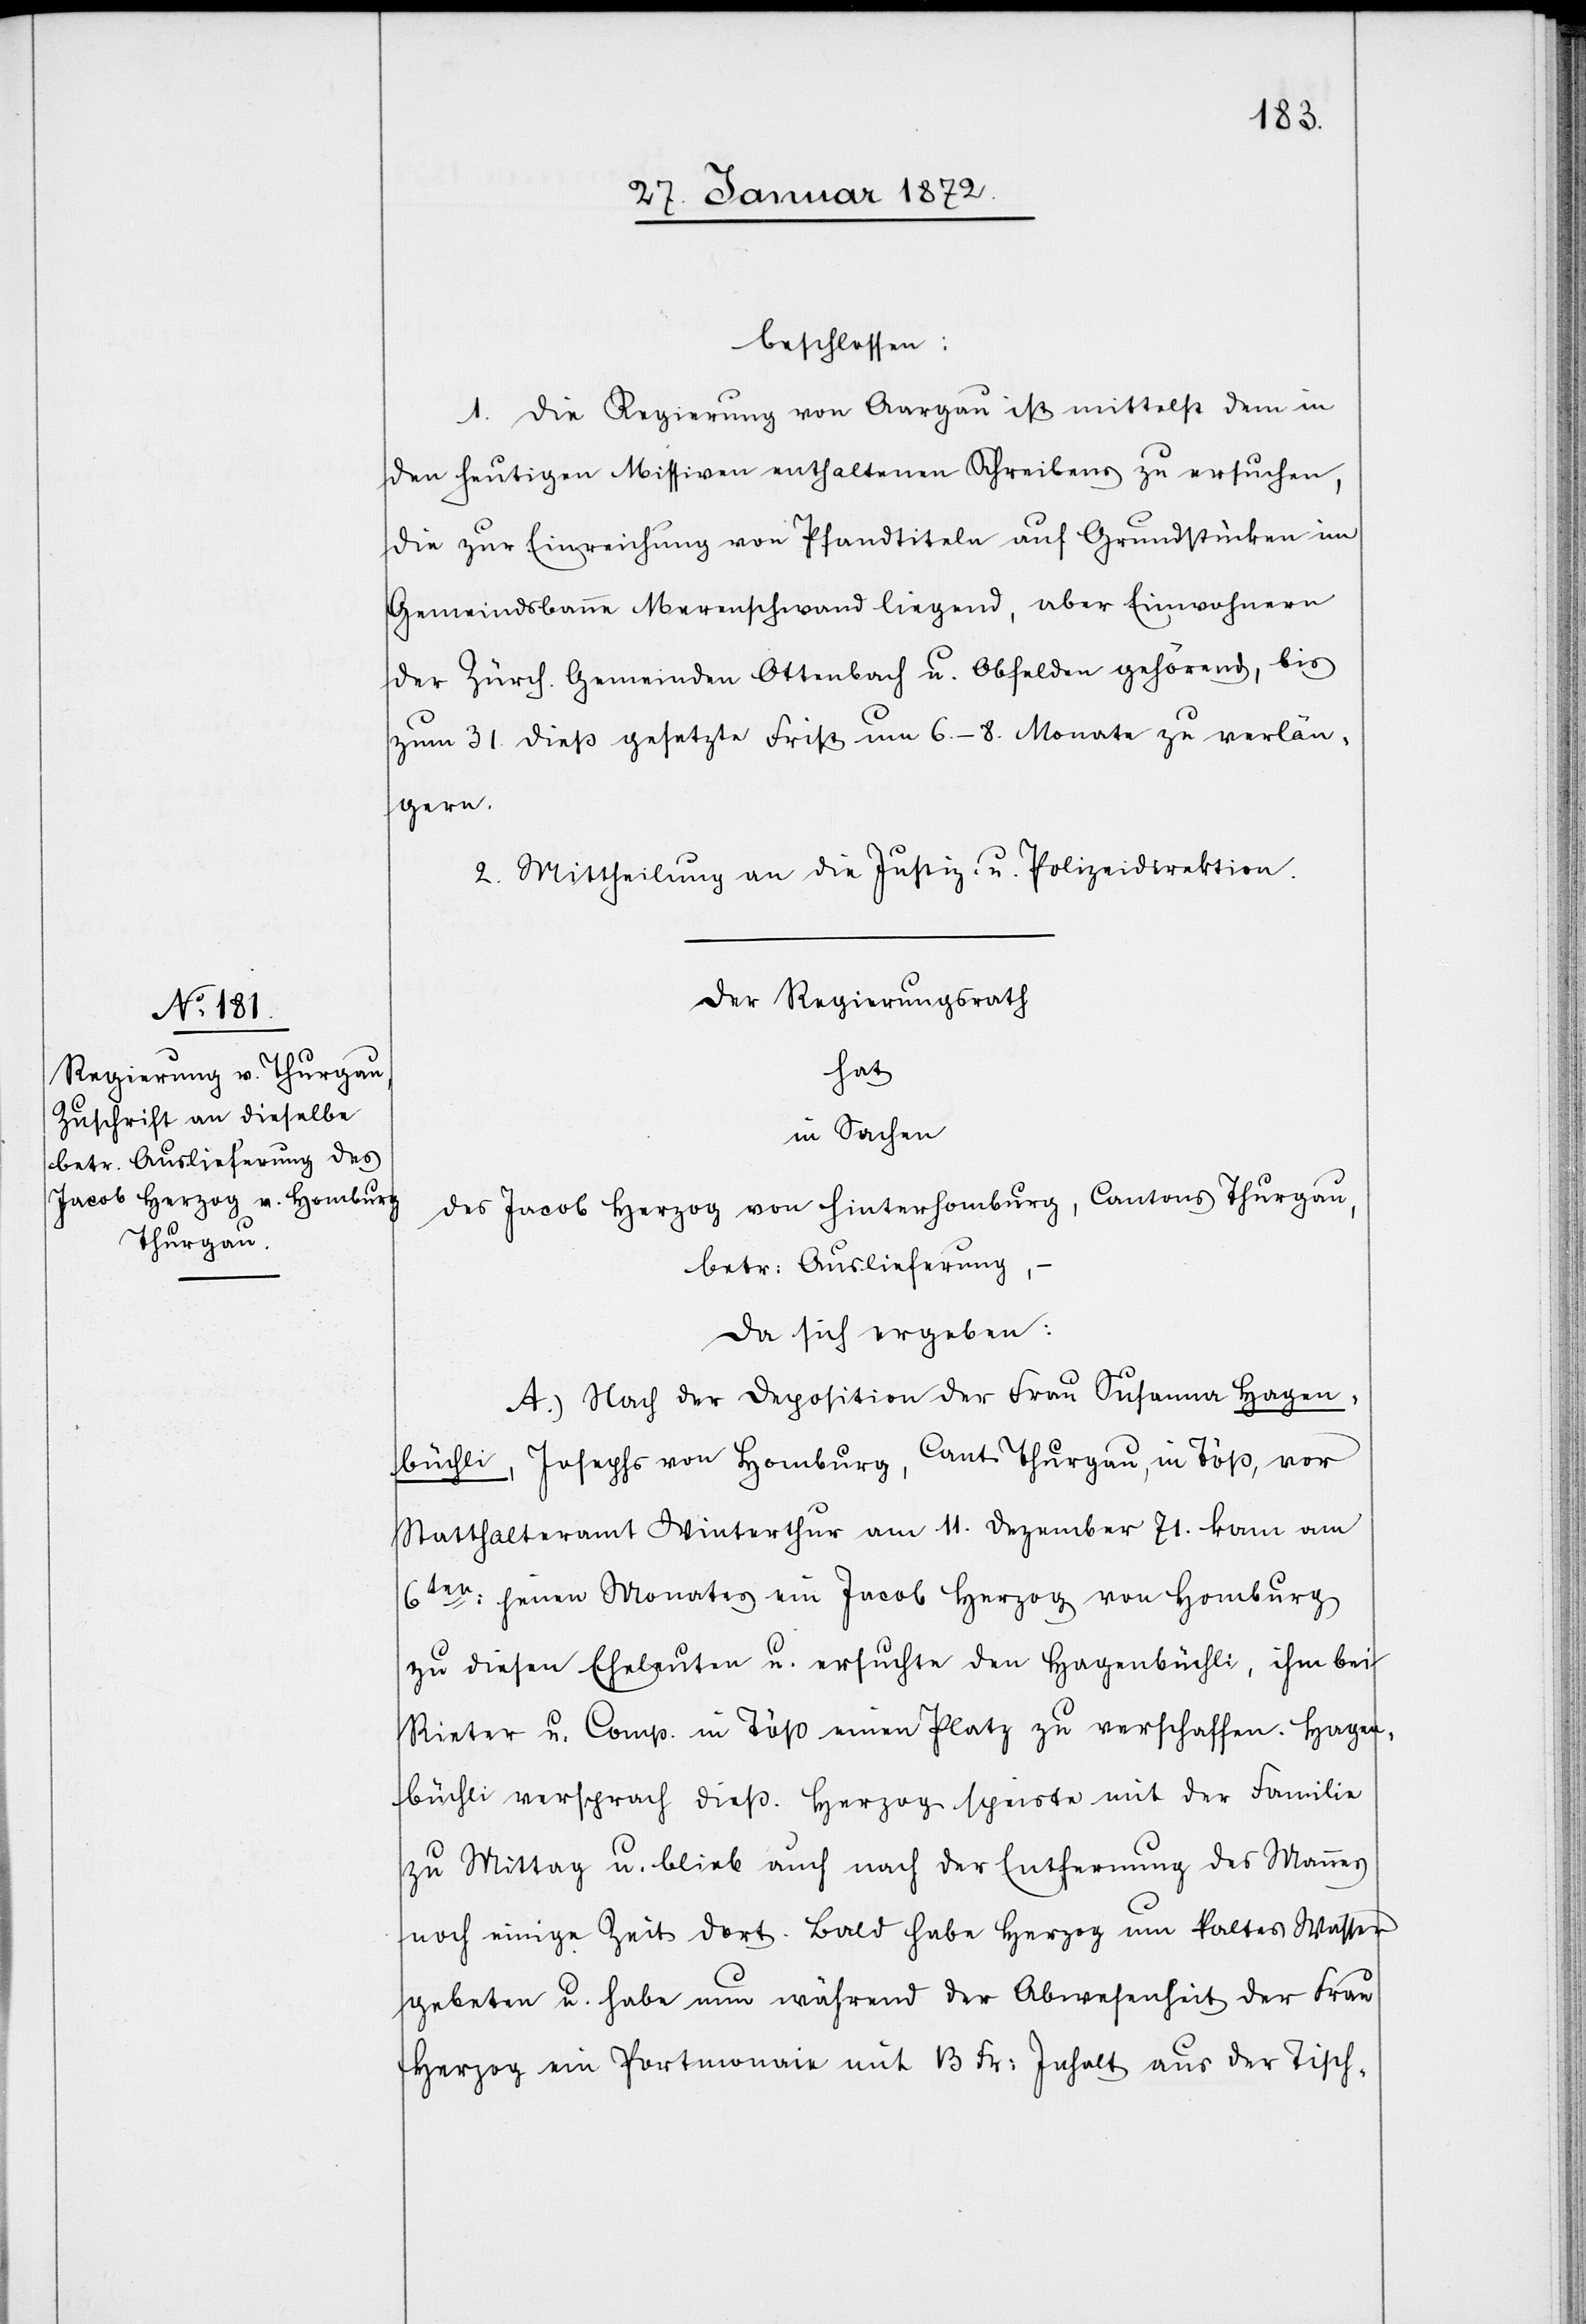
beschlossen:
1. Die Regierung von Aargau ist mittelst dem in
den heutigen Missiven enthaltenen Schreibens zu ersuchen,
die zur Einreichung von Pfandtiteln auf Grundstücken im
Gemeindsbanne Merenschwand liegend, aber Einwohnern
der Zürch. Gemeinden Ottenbach u. Obfelden gehörend, bis
zum 31. dieß gesetzte Frist um 6.–8. Monate zu verlän¬
gern.
2. Mittheilung an die Justiz- u. Polizeidirektion.
Der Regierungsrath
hat
in Sachen
des Jacob Herzog von Hinterhomburg, Cantons Thurgau,
betr. Auslieferung,
da sich ergeben:
A.) Nach der Deposition der Frau Susanna Hagen¬
büchli, Josephs von Homburg, Cant. Thurgau, in Töß, vor
Statthalteramt Winterthur am 11. Dezember 71. kam am
6ten [?jenen] Monates ein Jacob Herzog von Homburg
zu diesen Eheleuten u. ersuchte den Hagenbüchli, ihm bei
Rieter u. Comp. in Töß einen Platz zu verschaffen. Hagen¬
büchli versprach dieß. Herzog speiste mit der Familie
zu Mittag u. blieb auch nach der Entfernung des Mannes
noch einige Zeit dort. Bald habe Herzog um kaltes Wasser
gebeten u. habe nun während der Abwesenheit der Frau
Herzog ein Portmonaie mit 13 Fr. Inhalt aus der Tisch-